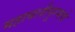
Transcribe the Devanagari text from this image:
महाबलीपूरमचे